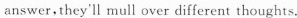
answer,they'll \underline[mull over} different thoughts.